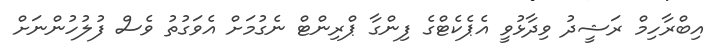
އިބްރާހިމް ރަޝީދު ވިދާޅުވީ އެޕެކެޓްގެ ފިންގާ ޕްރިންޓް ނެގުމަށް އެވަގުތު ވެސް ފުލުހުންނަށް